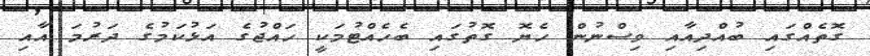
ގޮތެއްގައި ބުއްދިއާއި ވިސްނުން ހެޔޮ ގޮތުގައި ބެހެއްޓުމަކީ ހައްޖުގެ އަޅުކަމުގެ ދަރުމަ އާއި